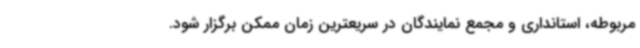
مربوطه، استانداری و مجمع نمایندگان در سریعترین زمان ممکن برگزار شود.